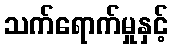
သက်ရောက်မှုနှင့်